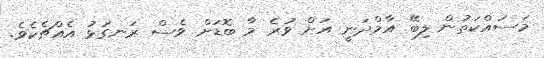
މަސައްކަތުން ލިބޭ އާމްދަނީ އަށް ވުރެ މާ ބޮޑަށް ވެސް ރަނގަޅު އެއްޗެކެވެ.